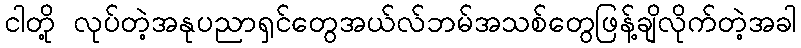
ငါတို့ လုပ်တဲ့အနုပညာရှင်တွေအယ်လ်ဘမ်အသစ်တွေဖြန့်ချိလိုက်တဲ့အခါ